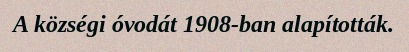
A községi óvodát 1908-ban alapították.